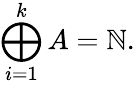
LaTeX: \bigoplus_{i=1}^{k}A=\mathbb{N}.